Vital statistics of India. Vol. IV, Annual returns from 1871 to 1876. British Army of India, Native Army and jails of Bengal
Year: 1871
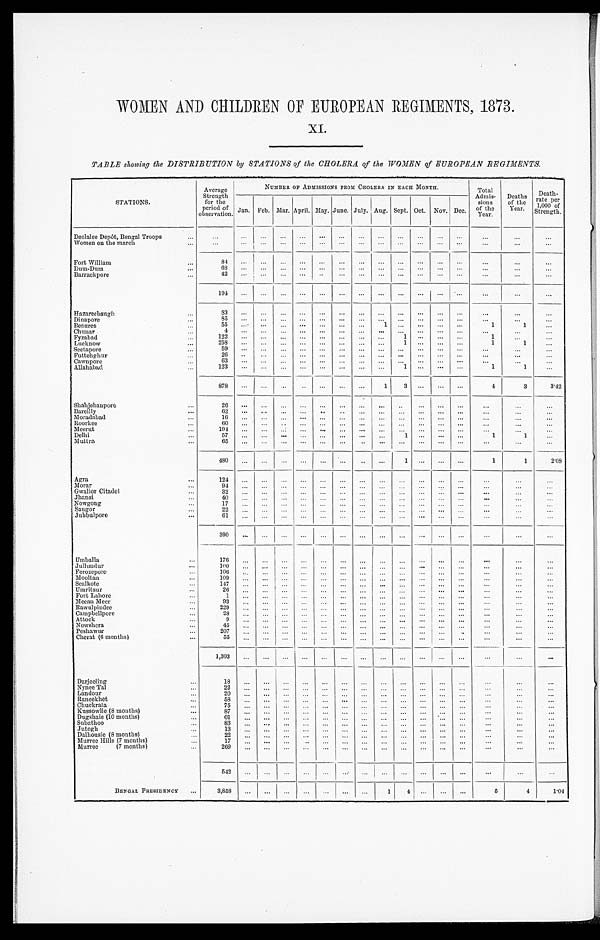
WOMEN AND CHILDREN OF EUROPEAN REGIMENTS, 1873.
XI.
TABLE showing the DISTRIBUTION by STATIONS of the CHOLERA of the WOMEN of EUROPEAN REGIMENTS.
STATIONS.
Average
Strength
for the
period of
observation.
NUMBER OF ADMISSIONS FROM CHOLERA IN EACH MONTH.
Total
Admis-
sions
of the
Year.
Deaths
of the
Year.
Death
-
rate per
1,000 of
Strength.
Jan. Feb. Mar. April. May. June. July. Aug. Sept. Oct. Nov. Dec.
Deolalee Depôt, Bengal Troops . . .
. . . . . .
. . .
. . .
. . .
. . .
. . .
. . .
. . .
. . .
. . .
. . .
. . .
. . .
. . .
. . .
Women on the march . . .
. . . . . .
. . .
. . .
. . .
. . .
. . .
. . .
. . .
. . .
. . .
. . .
. . .
. . .
. . .
. . .
Fort William . . .
8 4
. . .
. . .
. . .
. . .
. . .
. . .
. . .
. . . . . .
. . .
. . .
. . .
. . .
. . .
. . .
D um- Dum . . .
68
. . .
. . .
. . .
. . .
. . .
. . .
. . .
. . .
. . .
. . .
. . .
. . .
. . . . . .
. . .
Barrackpore . . .
4 2 . . .
. . .
. . .
. . .
. . .
. . .
. . .
. . .
. . .
. . .
. . .
. . .
. . .
. . .
. . .
194
. . .
. . .
. . .
. . .
. . .
. . .
. . .
. . .
. . .
. . . . . .
. . .
. . .
. . .
. . .
Hazareebaugh . . .
83
. . .
. . .
. . .
. . .
. . .
. . .
. . .
. . .
. . .
. . .
. . .
. . .
. . .
. . .
. . .
Dinapore . . .
85
. . .
. . .
. . .
. . .
. . .
. . .
. . .
. . .
. . .
. . .
. . .
. . . . . .
. . .
. . .
Benares . . .
5 5 . . .
. . .
. . .
. . .
. . .
. . .
. . .
1 . . .
. . .
. . .
. . . 1
1
. . .
Chunar . . .
4
. . .
. . .
. . .
. . .
. . .
. . .
. . .
. . .
. . .
. . .
. . .
. . .
. . .
. . .. . .
Fyzabad . . .
1 2 2 . . .
. . .
. . .
. . .
. . .
. . .
. . .
. . .
1
. . .
. . .
. . .
1
. . .. . .
Lucknow . . .
258
. . .
. . .
. . .
. . .
. . .
. . .
. . .
. . .
1
. . .
. . .
. . .
1
1 . . .
Seetapore . . .
59
. . .
. . .
. . .
. . .
. . .
. . .
. . .
. . .
. . .
. . .
. . .
. . .
. . .
. . .
. . .
Futtehghur . . .
26
. . .
. . .
. . .
. . .
. . .
. . .
. . .
. . .
. . .
. . .
. . .
. . .
. . .
. . .
. . .
Cawnpore . . .
63
. . .
. . .
. . .
. . .
. . .
. . .
. . .
. . .
. . .
. . .
. . .
. . .
. . .
. . .
. . .
Allahabad . . .
1 2 3
. . .
. . .
. . .
. . .
. . .
. . .
. . .
. . .
1
. . .
. . .
. . .
1
1
. . .
878
. . .
. . .
. . .
. . .
. . .
. . .
. . .
1
3
. . .
. . .
. . .
4
3
3.42
Shahjehanpore . . .
26
. . .
. . .
. . .
. . .
. . .
. . .
. . .
. . .
. . .
. . .
. . .
. . .
. . .
. . .
. . .
Bareilly . . .
62
. . .
. . .
. . .
. . .
. . .
. . .
. . .
. . .
. . .
. . .
. . .
. . .
. . .
. . .
. . .
Moradabad . . .
16
. . .
. . .
. . .
. . .
. . .
. . .
. . .
. . .
. . .
. . .
. . .
. . . . . .
. . .
. . .
Roorkee . . .
60
. . .
. . .
. . .
. . .
. . .
. . .
. . .
. . .
. . .
. . .
. . .
. . .
. . .
. . .
. . .
Meerut . . .
194
. . .
. . .
. . .
. . .
. . .
. . .
. . .
. . .
. . .
. . .
. . .
. . .
. . .
. . .
. . .
Delhi . . .
5 7 . . .
. . .
. . .
. . .
. . .
. . .
. . .
. . . 1
. . .
. . .
. . .
1
1
. . .
Muttra . . .
65
. . .
. . .
. . .
. . .
. . .
. . .
. . .
. . .
. . .
. . .
. . .
. . .
. . .
. . .
. . .
480
. . .
. . .
. . .
. . .
. . .
. . .
. . .
. . . 1
. . .
. . .
. . .
1
1
2.08
Agra . . .
124
. . .
. . .
. . .
. . .
. . .
. . .
. . .
. . .
. . .
. . .
. . .
. . .
. . .
. . .
. . .
Morar . . .
94
. . .
. . .
. . .
. . .
. . .
. . .
. . .
. . .
. . .
. . .
. . .
. . .
. . .
. . .
. . .
Gwalior Citadel . . .
3 2 . . .
. . .
. . .
. . .
. . .
. . .
. . .
. . .
. . .
. . .
. . .
. . .
. . .
. . .
. . .
Jhansi . . .
4 0 . . .
. . .
. . .
. . .
. . .
. . .
. . .
. . . . . .
. . .
. . .
. . .
. . .
. . .
. . .
Nowgong . . .
17
. . .
. . .
. . .
. . .
. . .
. . .
. . .
. . .
. . .
. . .
. . .
. . . . . .
. . .
. . .
Saugor . . .
2 2 . . .
. . .
. . .
. . .
. . .
. . .
. . .
. . .
. . .
. . .
. . .
. . .
. . .
. . .
. . .
Jubbulpore . . .
61
. . .
. . .
. . .
. . .
. . .
. . .
. . .
. . .
. . .
. . .
. . .
. . . . . .
. . .
. . .
3 9 0
. . .
. . .
. . .
. . .
. . .
. . .
. . .
. . .
. . .
. . .
. . .
. . .
. . .
. . .
. . .
Umballa . . .
176
. . .
. . .
. . .
. . .
. . .
. . .
. . .
. . .
. . .
. . .
. . .
. . .
. . .
. . .
. . .
J ullundur . . .
100
. . .
. . .
. . .
. . .
. . .
. . .
. . . . . .
. . .
. . .
. . .
. . .
. . .
. . .
. . .
Ferozepore . . .
106
. . .
. . .
. . .
. . .
. . .
. . .
. . .
. . .. . .
. . .
. . .
. . . . . .
. . .
. . .
Mooltan . . .
109
. . .
. . .
. . .
. . .
. . .
. . .
. . .
. . .
. . .
. . .
. . .
. . . . . .
. . .
. . .
Sealkote . . .
147
. . .
. . .
. . .
. . .
. . .
. . .
. . .
. . .
. . .
. . .
. . .
. . .
. . .
. . .
. . .
Umritsur . . .
2 6 . . .
. . .
. . .
. . .
. . .
. . .
. . .
. . . . . .
. . .
. . .
. . .
. . .
. . .
. . .
Fort Lahore . . .
1
. . .
. . .
. . .
. . .
. . .
. . .
. . .
. . .
. . .
. . .
. . .
. . .
. . .
. . .
. . .
Meean Meer . . .
9 3 . . .
. . .
. . .
. . .
. . .
. . .
. . .
. . .
. . .
. . .
. . .
. . .
. . .
. . .
. . .
Rawulpindee . . .
229
. . .
. . .
. . .
. . .
. . .
. . .
. . .
. . .
. . .
. . .
. . .
. . .
. . .
. . .
. . .
Campbellpore . . .
2 8 . . .
. . .
. . .
. . .
. . .
. . .
. . .
. . . . . .
. . .
. . .
. . .
. . .
. . .
. . .
Attock . . .
9
. . .
. . .
. . .
. . .
. . .
. . .
. . .
. . .
. . .
. . .
. . .
. . .
. . .
. . .
. . .
Nowshera . . .
45
. . .
. . .
. . .
. . .
. . .
. . .
. . .
. . . . . .
. . .
. . .
. . .
. . .
. . .
. . .
Peshawur . . .
207
. . .
. . .
. . .
. . .
. . .
. . .
. . .
. . . . . .
. . .
. . .
. . .
. . .
. . .
. . .
Cherat (6 months) . . .
55
. . .
. . .
. . .
. . .
. . .
. . .
. . .
. . .
. . .
. . .
. . .
. . .
. . .
. . .
. . .
1 ,303
. . .
. . .
. . .
. . .
. . .
. . .
. . .
. . .
. . .
. . .
. . .
. . .
. . .. . .
. . .
Darjeeling . . .
1 8 . . .
. . .
. . .
. . .
. . .
. . .
. . .
. . .
. . .
. . .
. . .
. . .
. . .
. . .
. . .
Nynee Tal . . .
22
. . .
. . .
. . .
. . .
. . .
. . .
. . .
. . .
. . .
. . .
. . .
. . .
. . .
. . .
. . .
Landour . . .
2 0 . . .
. . .
. . .
. . .
. . .
. . .
. . .
. . .. . .
. . .
. . .
. . .
. . .
. . .
. . .
Raneekhet . . .
58
. . .
. . .
. . .
. . .
. . .
. . .
. . .
. . .
. . .
. . .
. . .
. . . . . .
. . .
. . .
Chuckrata . . .
75
. . .
. . .
. . .
. . .
. . .
. . .
. . .
. . .
. . .
. . .
. . .
. . .
. . .
. . .
. . .
Kussowlie (8 months) . . .
87
. . .
. . .
. . .
. . .
. . .
. . .
. . .
. . .. . .
. . .
. . .
. . .
. . .
. . .
. . .
Dugshaie (10 months) . . .
01
. . .
. . .
. . .
. . .
. . .
. . .
. . .
. . .
. . .
. . .
. . .
. . .
. . .
. . .
. . .
Subathoo . . .
83
. . .
. . .
. . .
. . .
. . .
. . .
. . .
. . .
. . .
. . .
. . .
. . .
. . .
. . .
. . .
Jutogh . . .
13
. . .
. . .
. . .
. . .
. . .
. . .
. . .
. . .
. . .
. . .
. . .
. . .
. . .
. . .
. . .
Dalhousie (8 months) . . .
2 2 . . .
. . .
. . .
. . .
. . .
. . .
. . .
. . .
. . .
. . .
. . .
. . .
. . .
. . .
. . .
Murree Hills (7 months) . . .
17
. . .
. . .
. . .
. . .
. . .
. . .
. . .
. . .
. . .
. . .
. . .
. . .
. . .
. . .
. . .
Murree
(7 months) . . .
2 6 9
. . .
. . .
. . .
. . .
. . .
. . .
. . .
. . .
. . .
. . .
. . .
. . .
. . .
. . .
. . .
542
. . .
. . .
. . .
. . .
. . .
. . .
. . . . . .
. . .
. . .
. . .
. . .
. . .
. . .
. . .
BENGAL PRESIDENCY . . .
3 , 8 5 8. . .
. . .
. . .
. . .
. . .
. . .. . .
1 4
. . .
. . .
. . .
5
4
1.04